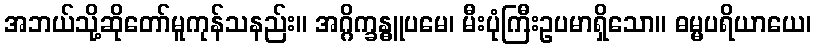
အဘယ်သို့ဆိုတော်မူကုန်သနည်း။ အဂ္ဂိက္ခန္ဓူပမေ၊ မီးပုံကြီးဥပမာရှိသော။ ဓမ္မပရိယာယေ၊